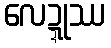
လေဍ္ဍုဿ